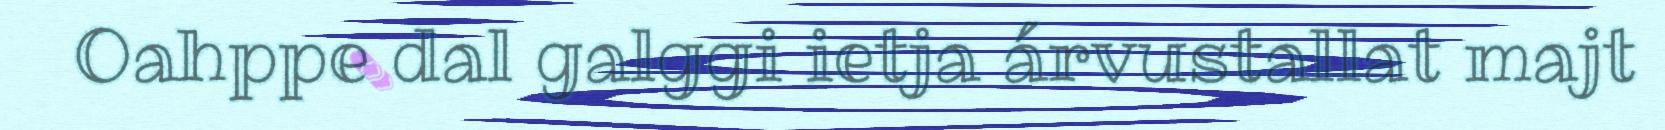
Oahppe dal galggi ietja árvustallat majt